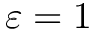
\varepsilon = 1